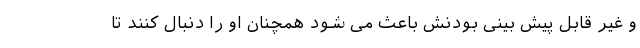
و غیر قابل پیش بینی بودنش باعث می شود همچنان او را دنبال کنند تا